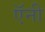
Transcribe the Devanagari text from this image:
ऍनी